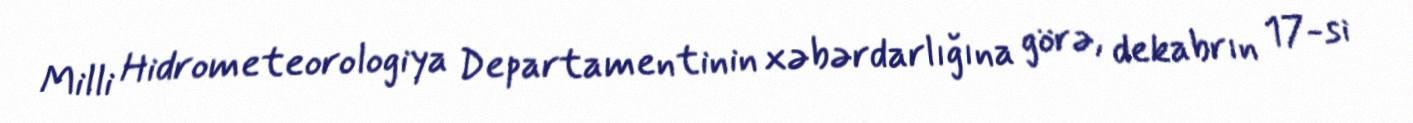
Milli Hidrometeorologiya Departamentinin xəbərdarlığına görə, dekabrın 17-si